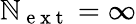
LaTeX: \mathbb{N}_{\mathrm{{~e~x~t~}}}=\infty